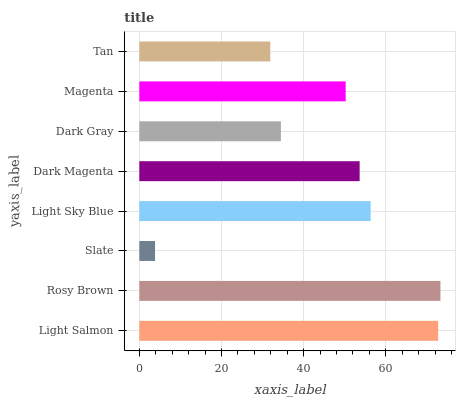
| yaxis_label | bars |
 | --- | --- |
 | Light Salmon | 72.7 |
 | Rosy Brown | 73.3 |
 | Slate | 3.83 |
 | Light Sky Blue | 56.3 |
 | Dark Magenta | 53.6 |
 | Dark Gray | 34.5 |
 | Magenta | 50.2 |
 | Tan | 31.9 |